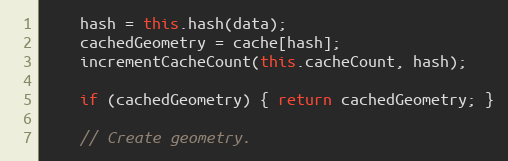
Language: JavaScript
    hash = this.hash(data);
    cachedGeometry = cache[hash];
    incrementCacheCount(this.cacheCount, hash);

    if (cachedGeometry) { return cachedGeometry; }

    // Create geometry.